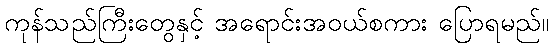
ကုန်သည်ကြီးတွေနှင့် အရောင်းအဝယ်စကား ပြောရမည်။